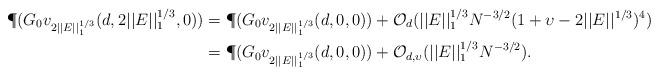
LaTeX: \begin{align*}\P (G_0v_{2||E||^{1/3}_1}(d,2||E||_1^{1/3},0)) & = \P (G_0v_{2||E||^{1/3}_1}(d,0,0)) + \mathcal{O}_{d} (||E||_1^{1/3} N^{-3/2} (1+ \upsilon - 2||E||^{1/3})^4)\\ & = \P (G_0v_{2||E||^{1/3}_1}(d,0,0))+ \mathcal{O}_{d,\upsilon} (||E||_1^{1/3} N^{-3/2}).\end{align*}